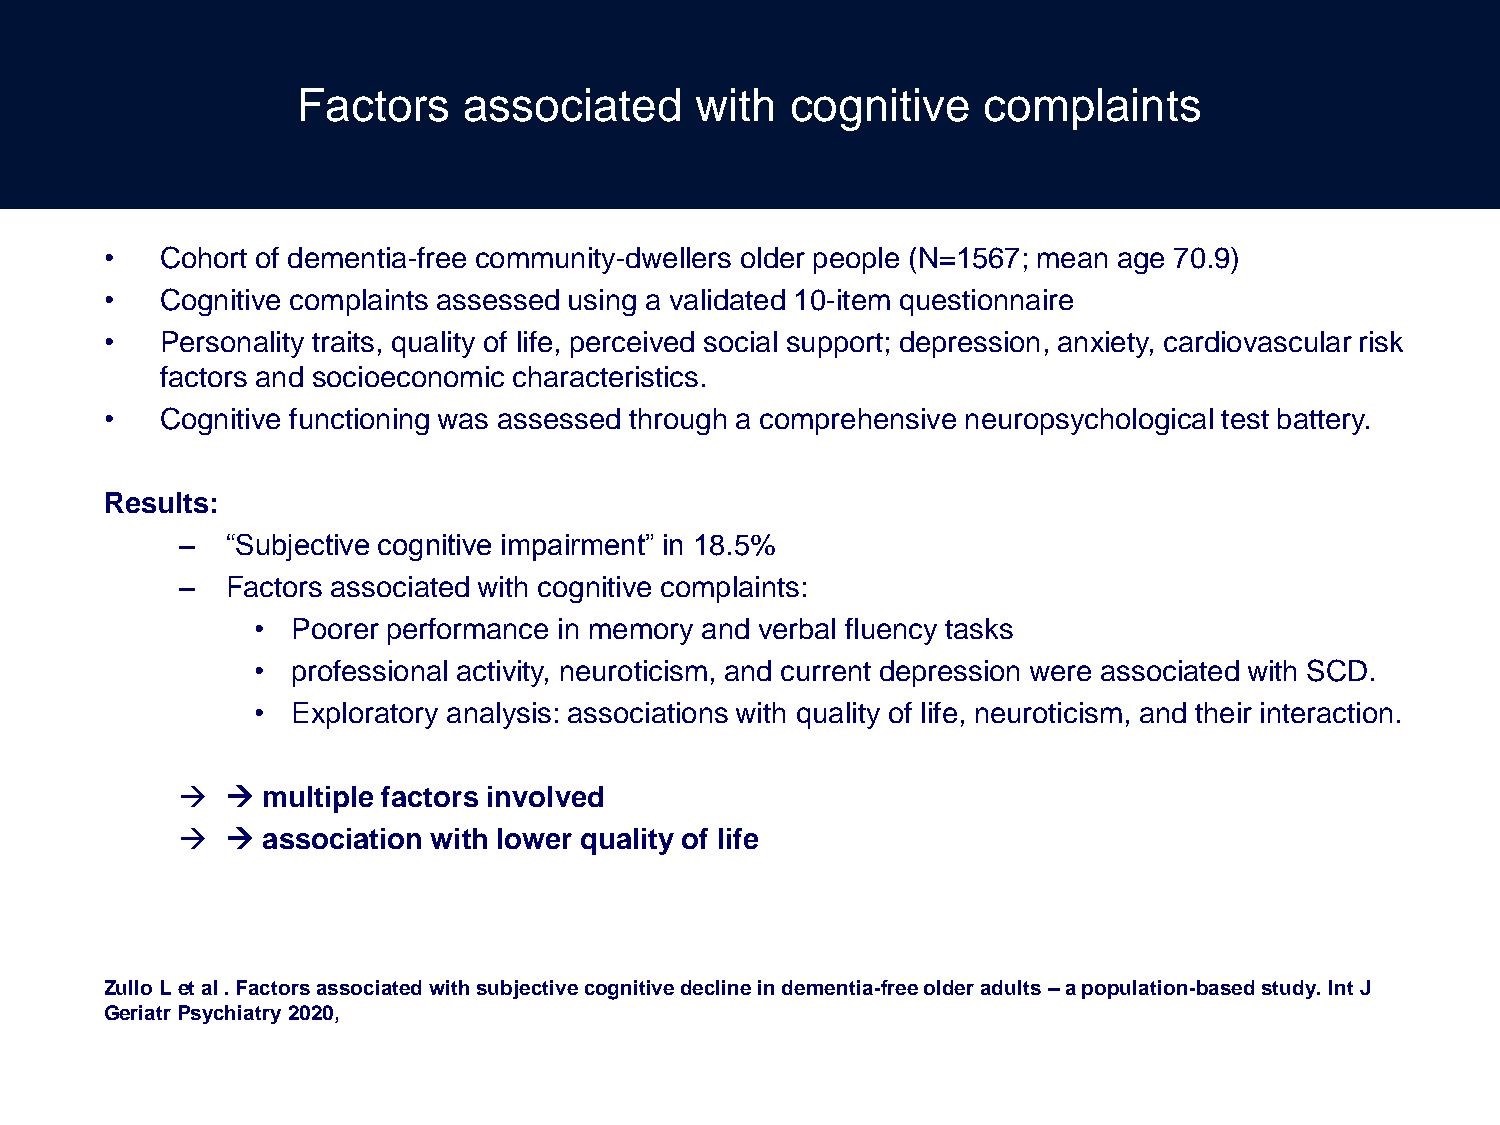
Factors    associated     with  cognitive    complaints
 •   Cohort of dementia-free community-dwellers older people (N=1567; mean age 70.9)
 •   Cognitive complaints assessed using a validated 10-item questionnaire
 •   Personality traits, quality of life, perceived social support; depression, anxiety, cardiovascular risk
 factors and socioeconomic characteristics.
 •   Cognitive functioning was assessed through a comprehensive neuropsychological test battery.
 Results:
 –  “Subjective cognitive impairment” in 18.5%
 –  Factors associated with cognitive complaints:
 • Poorer performance in memory and verbal fluency tasks
 • professional activity, neuroticism, and current depression were associated with SCD.
 • Exploratory analysis: associations with quality of life, neuroticism, and their interaction.
    multiple factors involved
    association with lower quality of life
 Zullo L et al . Factors associated with subjective cognitive decline in dementia-free older adults – a population-based study. Int J
 Geriatr Psychiatry 2020,